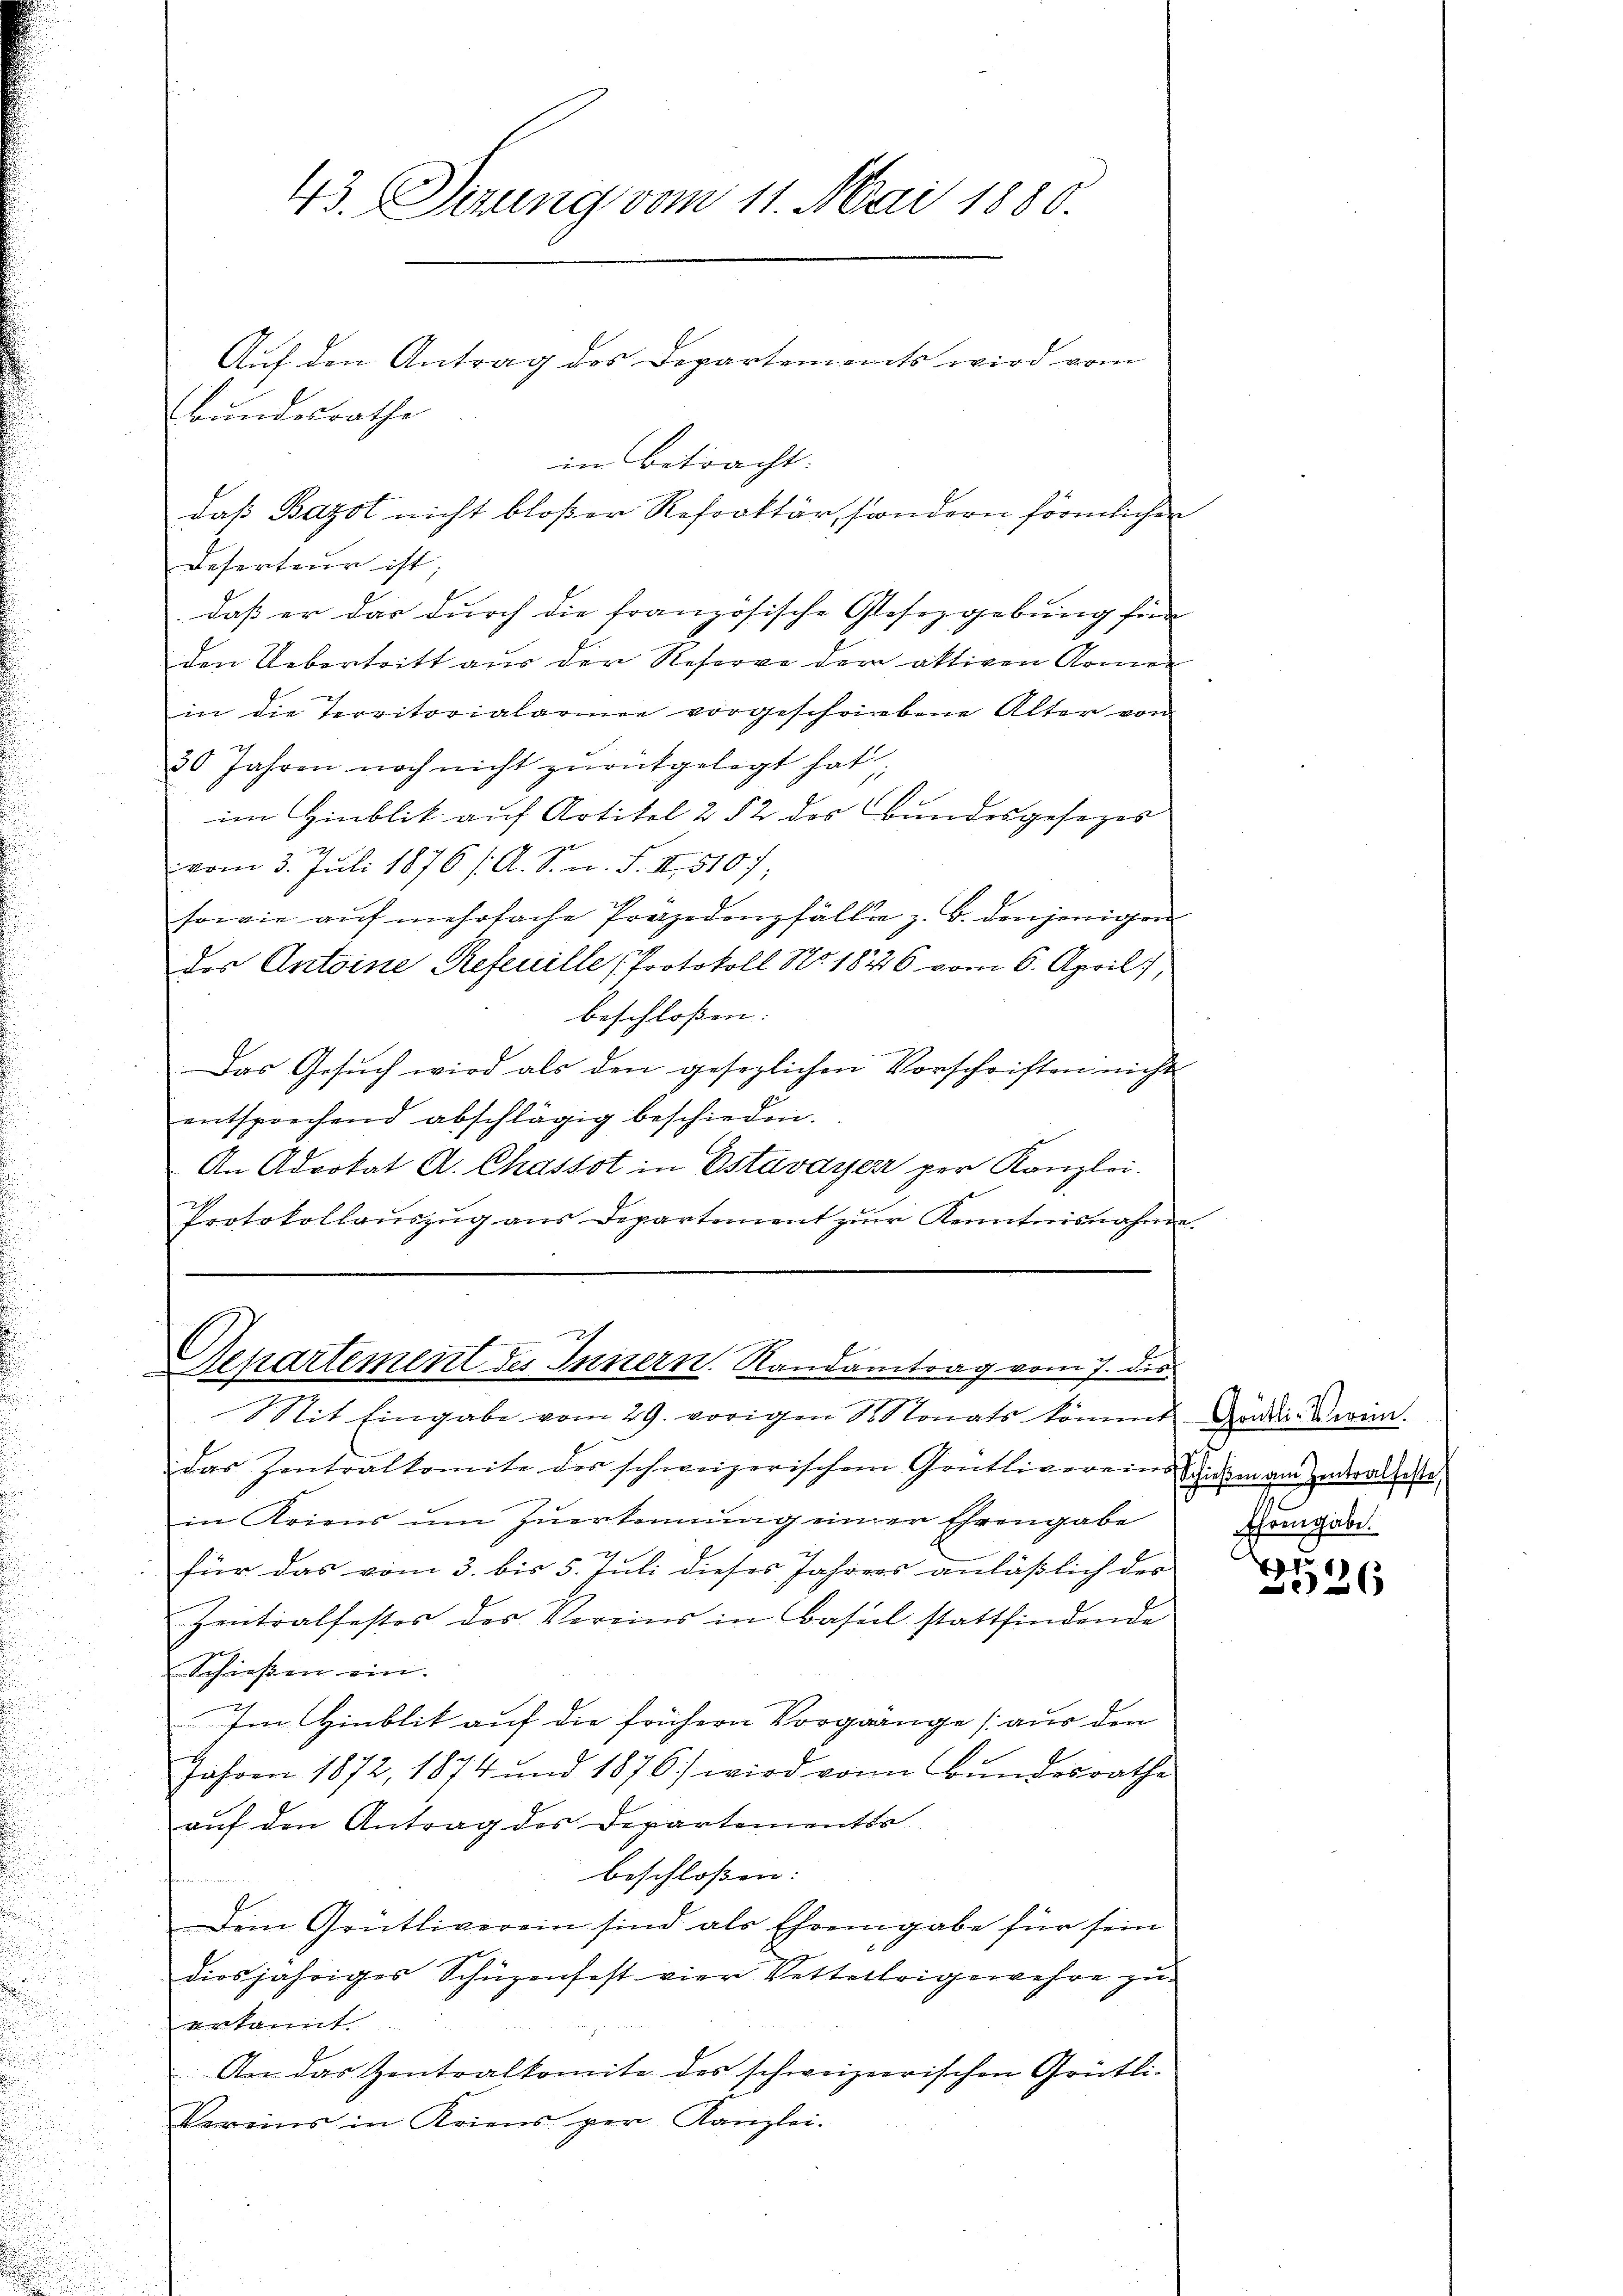
Bundesrathe

43. Setzung vom 11. Mai 1880.
Auf den Antrag des Departements wird von

im betracht.
daß Bazot nicht bloßer Refraktär, sondern förmlichen

Deserteur ist;
daß er das durch die französische Gesetzgebung für
den Uebertritt aus der Referve der aktigen Armen
in die Territorialarmee vorgeschriebene Alter von
30 Jahren noch nicht zurückgelegt hat;
im Hinblik auf Artikel 2 § 2 des Bundesgesezes
vom 3. Juli 1876 / A. S. n. F. II 5107;
sowie auf mehrfache Prozedonzfällen z. B. denjenigen
des Antoine Refeuille Protokoll No 1876 vom 6. April,
beschloßen:
Das Gesuch wird als den gesezlichen Vorschriften nicht
entsprechend abschlägig beschieden.
An Advokat A. Chassot in Estavayer per Kanzlei.
Protokollaŭszŭg ans Departement zŭr Kenntnisnahme

Denartement des Innern. Randantrag vom 7. des
Mit Eingabe vom 29. vorigen Monats kommt Gondic. Derin.

das Zentralkomite des schweizerischen Grütlivereins Ziele am Zuderalleste
in Kriens ŭm Zŭerkennung einer Ehrengabe
x
für das vom 3. bis 5. Juli dieses Jahrens anläßlich des
Zentralfestes des Vereins in Basel stattfindende
Schießen ein.
u
Im Hinblit auf die frühern Vorgänge (aus den
Jahren 1872, 1874 und 1876) wird von Bundesrathe
auf den Antrag des Departementss
beschloßen:
r
Dem Grütliverein sind als Ehrengabe für sein
diesjähriges Schüzenfest vier Vettelteigewehre zu
erkannt
. An das Zentralkomite des schweizerischen Grütli-
Vereins in Kriens per Kanzlei.

Ehrengabe.

17
26